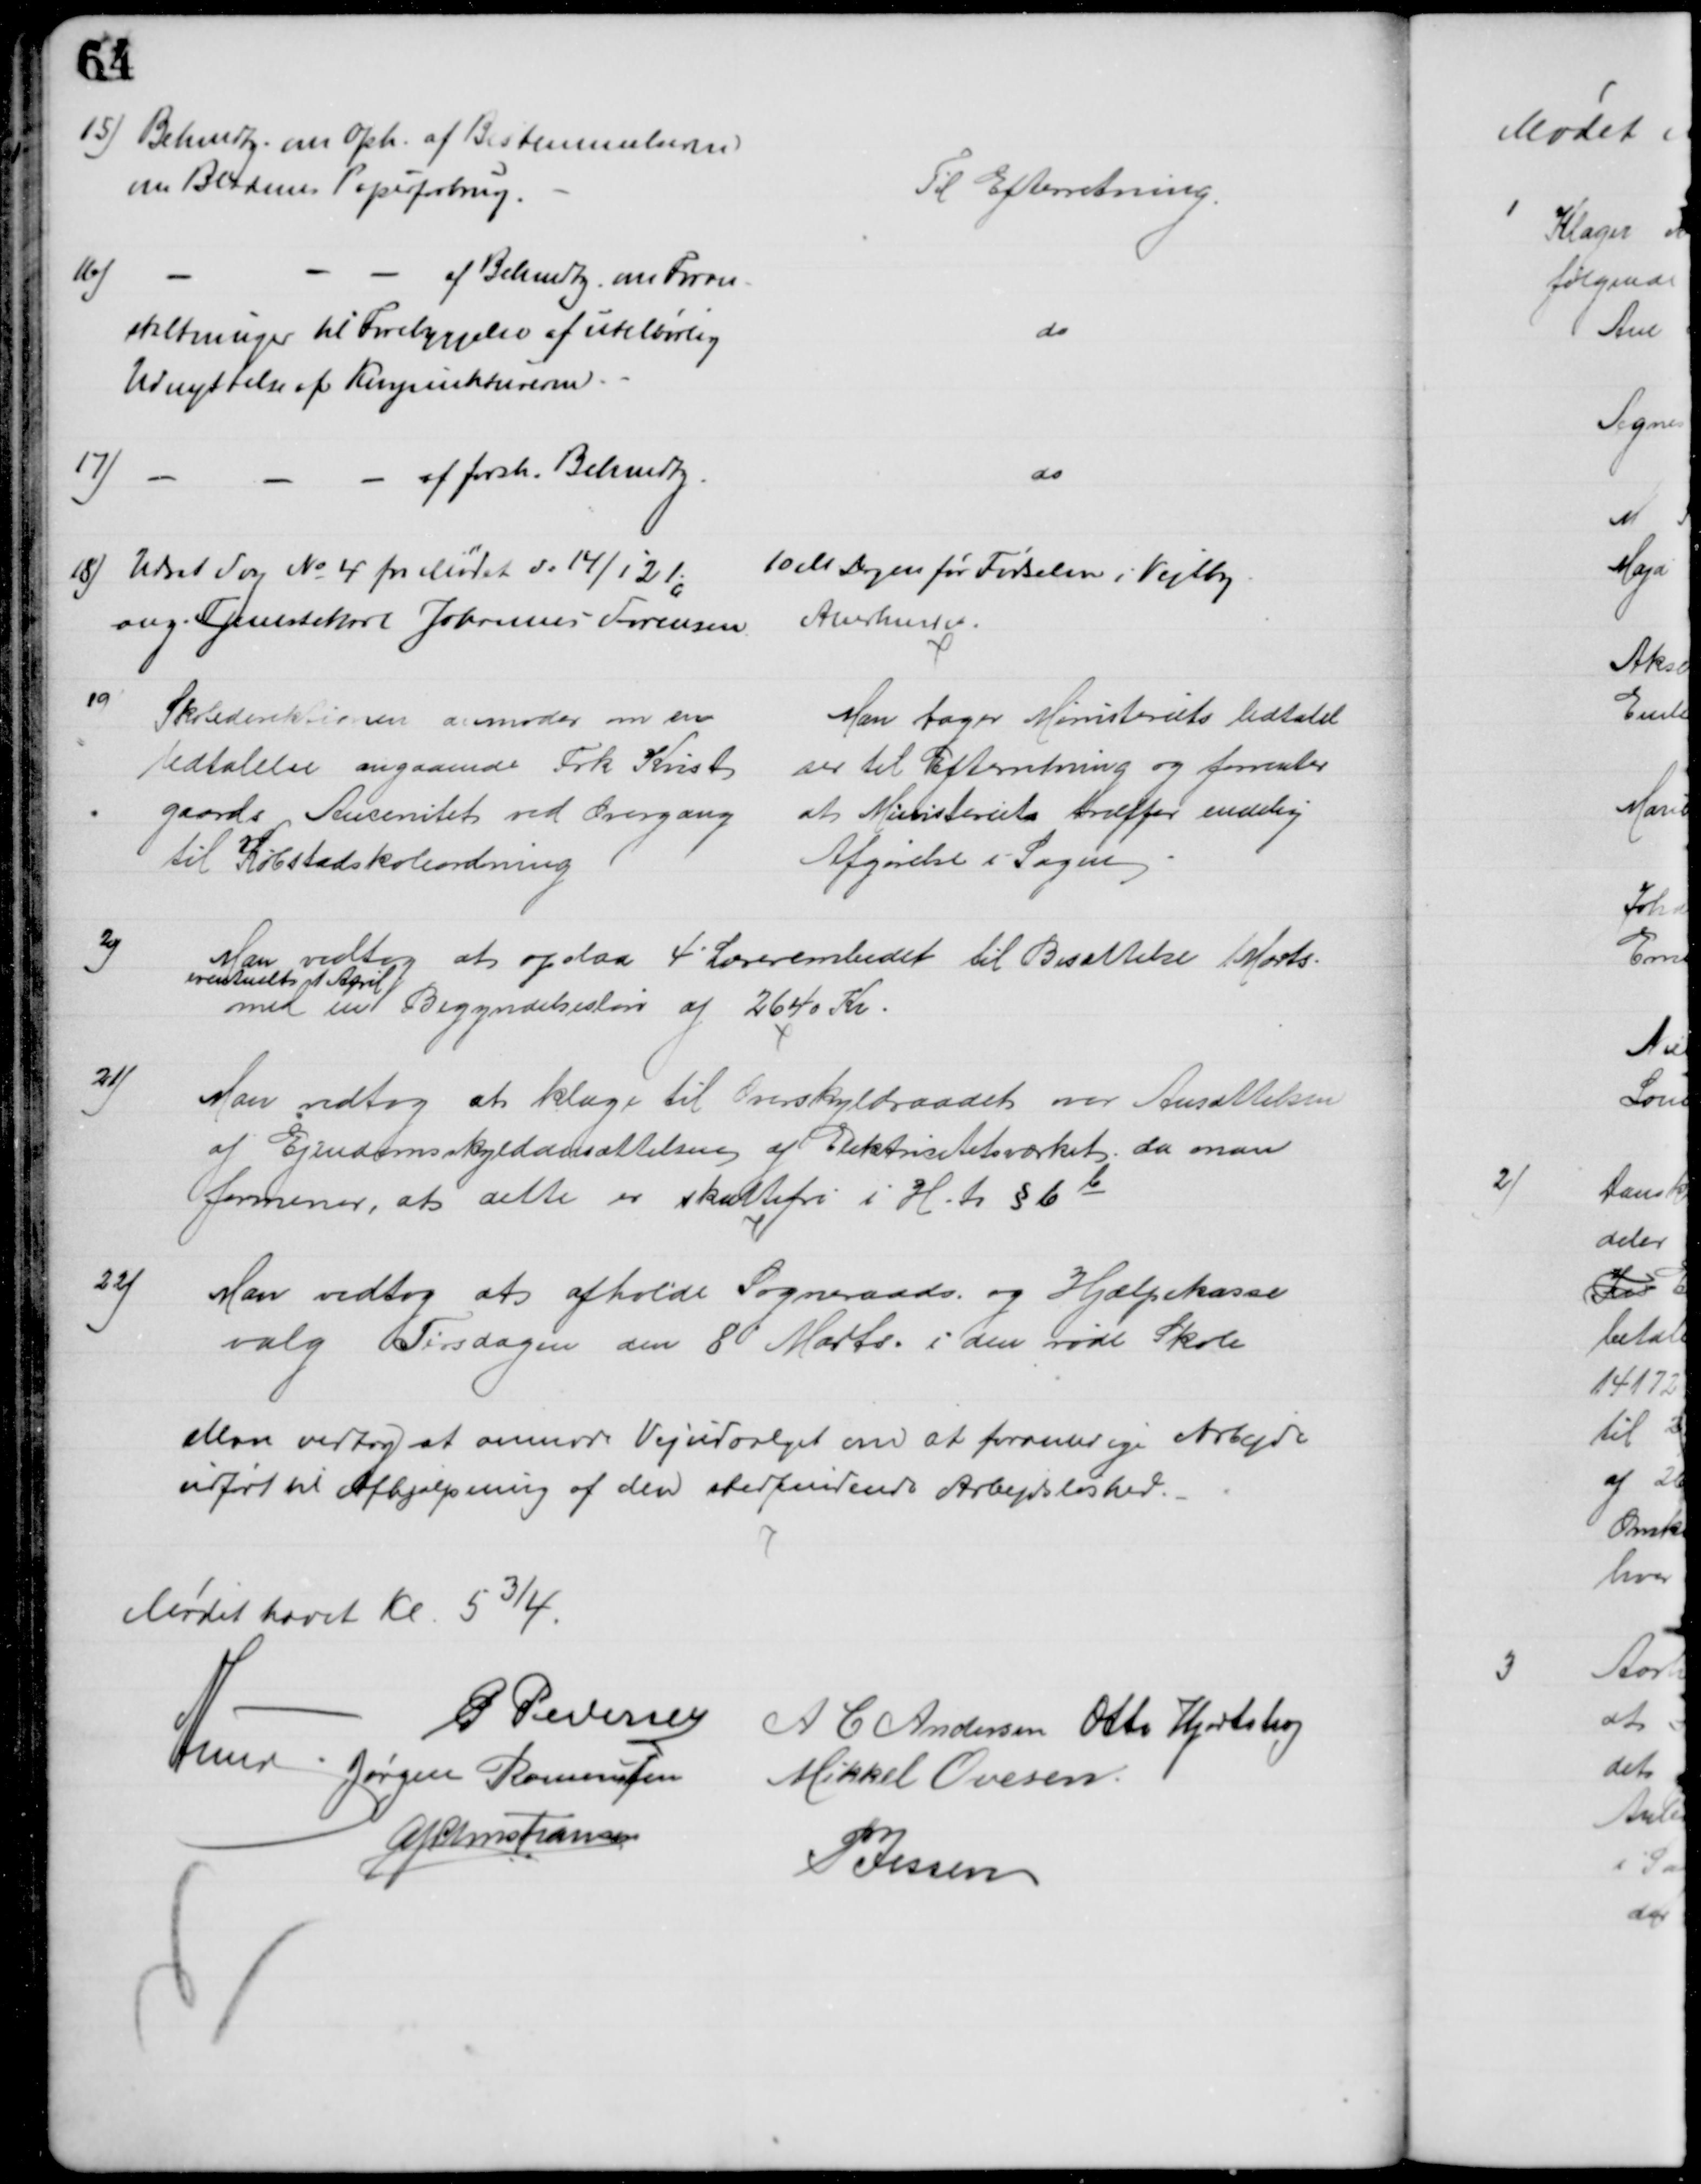
Transskription:
15) Bekendtg. om Oph. af Bestemmelserne
om Bladenes Papirforbrug.
Til Efterretning.
16)
af Bekendtg. om Foran-
staltninger til Forebyggelse af utilbørlig
Udnyttelse af Konjunkturerne.
do
17)
af forsk. Bekendtg.
do
18) Udsat Sag № 4 fra Mødet d: 14/1 21
ang. Tjenestekarl Johannes Sørensen
10 M Dagen før Fødselen i Vejlby.
Anerkendes.
19)
Skoledirektionen anmoder om en 
Udtalelse angaaende Frk Kvist
gaards Ancenitet ved Overgang
til Købstadskoleordning
Man tager Ministeriets Udtalel
ser til Efterretning og forventer
at Ministeriet træffer endelig
Afgørelse i Sagen
20)
Man vedtog at opslaa 4 Lærerembedet til Besættelse 1 Marts
eventuelt 1 April
med en Begyndelsesløn af 2640 Kr.
21)
Man vedtog at klage til Overskyldraadet over Ansættelsen
af Ejendomsskyldansættelsen af Elektricitetsværket, da man
formener, at dette er skattefri i H. t. § 6 b
22)
Man vedtog at afholde Sogneraads- og Hjælpekasse
valg Tirsdagen den 8 Marts i den røde Skole
Man vedtog at anmode Vejudvalget om at foranledige Arbejde
udført til Afhjælpning af den stedfindende Arbejdsløshed.
Mødet hævet Kl. 5¾.
P Pedersen
A C Andersen Otto Hjortshøj
A Lund. Jørgen Rasmussen
Mikkel Ovesen
A P Christiansen
P Jessen